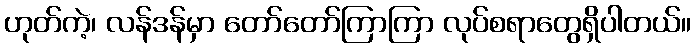
ဟုတ်ကဲ့၊ လန်ဒန်မှာ တော်တော်ကြာကြာ လုပ်စရာတွေရှိပါတယ်။